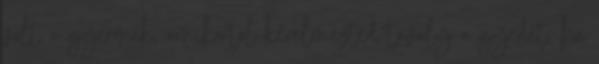
volt a gyermek, amikortól kérelmezted tavaly a gyedet, ha